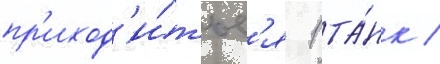
пр'иход'и́тьс'я 1 та́нк /